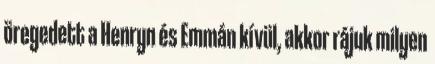
öregedett a Henryn és Emmán kívül, akkor rájuk milyen